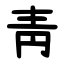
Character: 靑